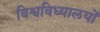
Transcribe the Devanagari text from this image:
विश्वविध्यालयों